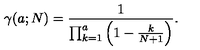
\gamma ( a ; N ) = { \frac { 1 } { \prod _ { k = 1 } ^ { a } \left( 1 - { \frac { k } { N + 1 } } \right) } } .